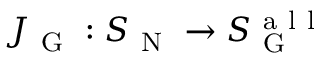
J _ { \mathrm { ~ G ~ } } : S _ { \mathrm { ~ N ~ } } \to S _ { \mathrm { ~ G ~ } } ^ { \mathrm { ~ a ~ l ~ l ~ } }